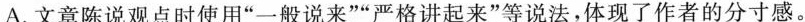
A.文章陈说观点时使用”一般说来””严格讲起来”等说法，体现了作者的分寸感。